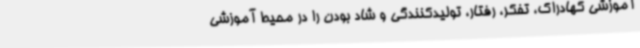
آموزشی کهادراک، تفکر، رفتار، تولیدکنندگی و شاد بودن را در محیط آموزشی